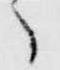
々